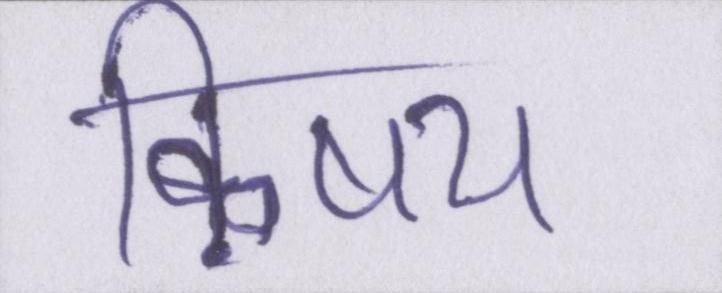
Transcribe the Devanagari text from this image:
ऴिषय